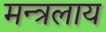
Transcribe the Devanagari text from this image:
मन्त्रलाय